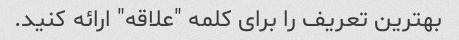
بهترین تعریف را برای کلمه "علاقه" ارائه کنید.